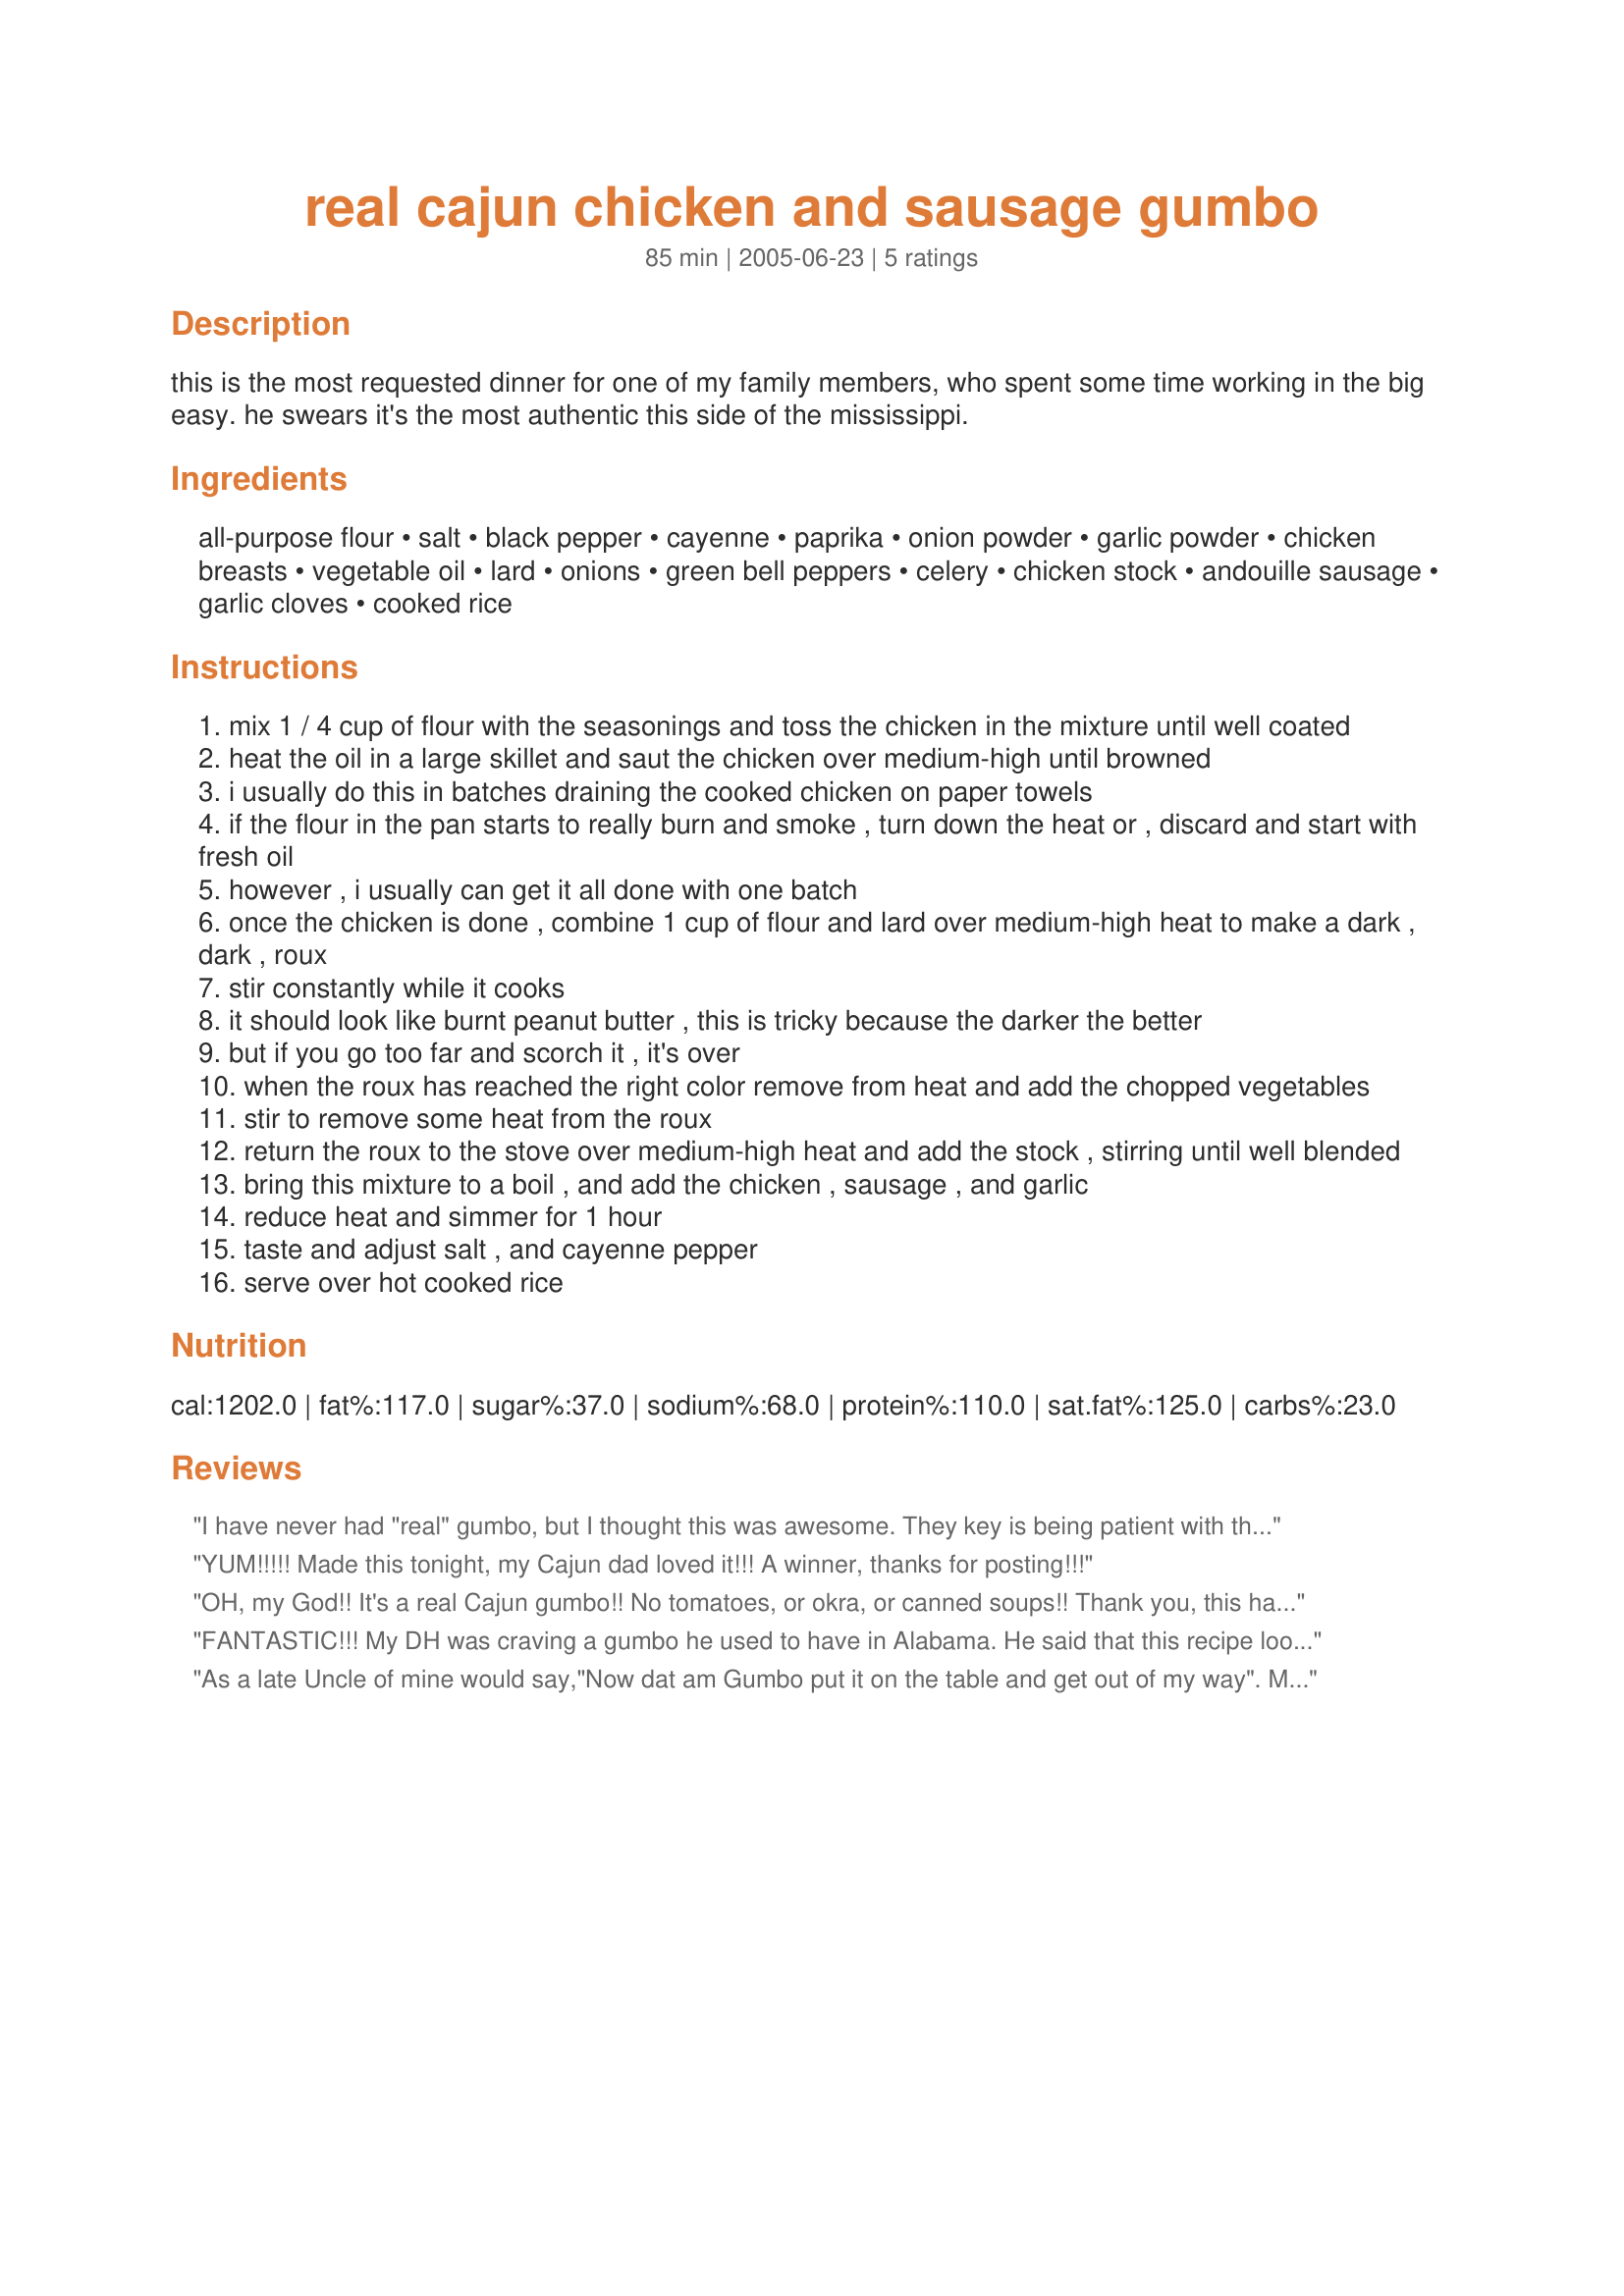
real cajun chicken and sausage gumbo
Preparation time: 85 minutes

this is the most requested dinner for one of my family members, who spent some time working in the big easy. he swears it's the most authentic this side of the mississippi.

Ingredients:
all-purpose flour, salt, black pepper, cayenne, paprika, onion powder, garlic powder, chicken breasts, vegetable oil, lard, onions, green bell peppers, celery, chicken stock, andouille sausage, garlic cloves, cooked rice

Steps:
mix 1 / 4 cup of flour with the seasonings and toss the chicken in the mixture until well coated
heat the oil in a large skillet and saut the chicken over medium-high until browned
i usually do this in batches draining the cooked chicken on paper towels
if the flour in the pan starts to really burn and smoke , turn down the heat or , discard and start with fresh oil
however , i usually can get it all done with one batch
once the chicken is done , combine 1 cup of flour and lard over medium-high heat to make a dark , dark , roux
stir constantly while it cooks
it should look like burnt peanut butter , this is tricky because the darker the better
but if you go too far and scorch it , it's over
when the roux has reached the right color remove from heat and add the chopped vegetables
stir to remove some heat from the roux
return the roux to the stove over medium-high heat and add the stock , stirring until well blended
bring this mixture to a boil , and add the chicken , sausage , and garlic
reduce heat and simmer for 1 hour
taste and adjust salt , and cayenne pepper
serve over hot cooked rice

Reviews:
I have never had "real" gumbo, but I thought this was awesome. They key is being patient with the roux. I would say next time though I would cut down on the stock. It seemed a little runny for me. However, I subbed a dark beer for part of the stock b/c I ran out of it, so that could be why mine turned out a little runny. Regardless, a keeper recipe! Thanks!!
YUM!!!!! Made this tonight, my Cajun dad loved it!!! A winner, thanks for posting!!!
OH, my God!! It's a real Cajun gumbo!! No tomatoes, or okra, or canned soups!! Thank you, this has been annoying me lately.
FANTASTIC!!! My DH was craving a gumbo he used to have in Alabama. He said that this recipe looked about what he remembered, so we made it tonight. It was sooo good. We did use some bacon grease in with the oil for the roux, and hungarian paprika. This is just wonderful, spicy, but not too spicy. Thanks!
As a late Uncle of mine would say,"Now dat am Gumbo put it on the table and get out of my way".
My compliments. There is nothing better in this world than good home cookin.
Bless you.
